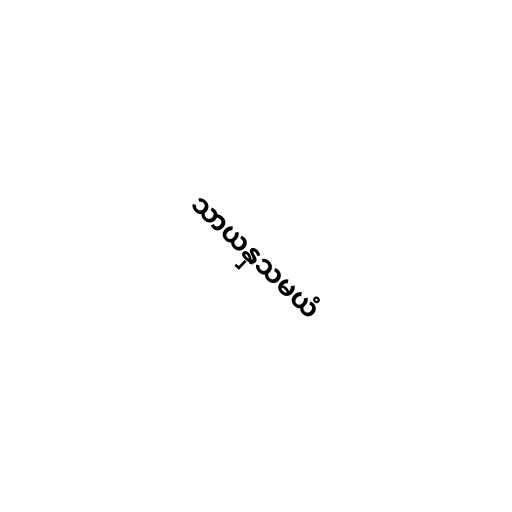
သာယနှသမယံ